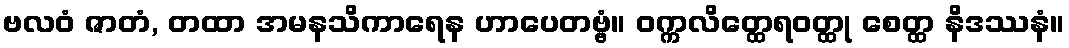
ဗလဝံ ဇာတံ, တထာ အမနသိကာရေန ဟာပေတဗ္ဗံ။ ဝက္ကလိတ္ထေရဝတ္ထု စေတ္ထ နိဒဿနံ။